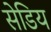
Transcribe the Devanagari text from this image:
सेडिय